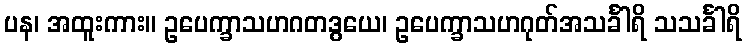
ပန၊ အထူးကား။ ဥပေက္ခာသဟဂတဒွယေ၊ ဥပေက္ခာသဟဂုတ်အသင်္ခါရိ သသင်္ခါရိ